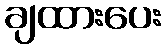
ချထားပေး